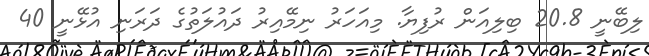
ލިބޭނީ 20.8 ބިލިއަން ރުފިޔާ. މިއަހަރު ނިމޭއިރު ދައުލަތުގެ ދަރަނި އުޅޭނީ 40